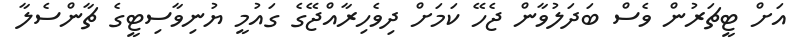
އަށް ޓީޗަރުން ވެސް ބަދަލުވާން ޖެހޭ ކަމަށް ދިވެހިރާއްޖޭގެ ގައުމީ ޔުނިވާސިޓީގެ ޗާންސެލާ